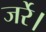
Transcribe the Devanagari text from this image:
जर्रे।